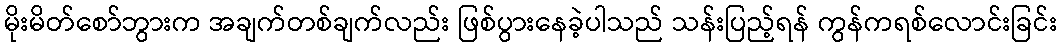
မိုးမိတ်စော်ဘွားက အချက်တစ်ချက်လည်း ဖြစ်ပွားနေခဲ့ပါသည် သန်းပြည့်ရန် ကွန်ကရစ်လောင်းခြင်း